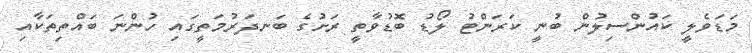
މަޑަވެލީ ކައުންސިލުން ބުނީ ކަރަންޓު ލޯޑު ބޮޑުވާތީ ރަށުގެ ބަނދަރުމަތީގައި ހުންނަ ބައްތިތަކާއި